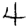
Digit: 4